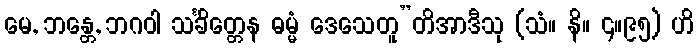
မေ, ဘန္တေ, ဘဂဝါ သင်္ခိတ္တေန ဓမ္မံ ဒေသေတူ”တိအာဒီသု (သံ။ နိ။ ၄။၉၅) ဟိ